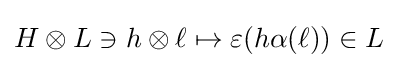
H\otimes L\ni h\otimes \ell \mapsto \varepsilon (h\alpha (\ell ))\in L